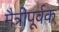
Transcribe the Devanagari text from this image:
मैत्रीपूर्वक